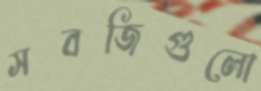
সবজিগুলো